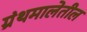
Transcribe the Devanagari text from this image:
ग्रंथमालेतील